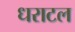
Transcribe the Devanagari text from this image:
धराटल